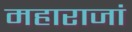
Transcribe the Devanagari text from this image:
महाराजां